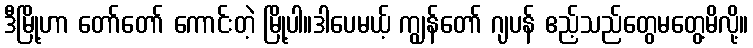
ဒီမြို့ဟာ တော်တော် ကောင်းတဲ့ မြို့ပါ။ဒါပေမယ့် ကျွန်တော် ဂျပန် ဧည့်သည်တွေမတွေ့မိလို့။